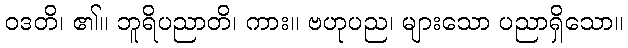
ဝဒတိ၊ ၏။ ဘူရိပညာတိ၊ ကား။ ဗဟုပည၊ များသော ပညာရှိသော။